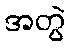
အတွဲ